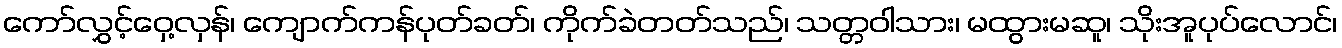
ကော်လွှင့်ဝှေ့လှန်၊ ကျောက်ကန်ပုတ်ခတ်၊ ကိုက်ခဲတတ်သည်၊ သတ္တဝါသား၊ မထွားမဆူ၊ သိုးအူပုပ်လောင်၊